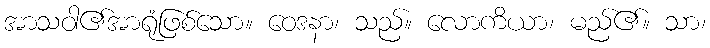
အာသဝါ၏အာရုံဖြစ်သော။ ဝေဒနာ၊ သည်။ လောကိယာ၊ မည်၏။ သာ၊